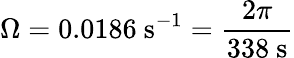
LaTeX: \Omega=0.0186\mathrm{\ s}^{-1}={\frac{2\pi}{338\mathrm{\ s}}}